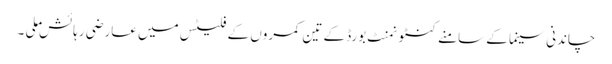
چاندنی سینما کے سامنے کنٹونمنٹ بورڈ کے تین کمروں کے فلیٹس میں عارضی رہائش ملی ۔